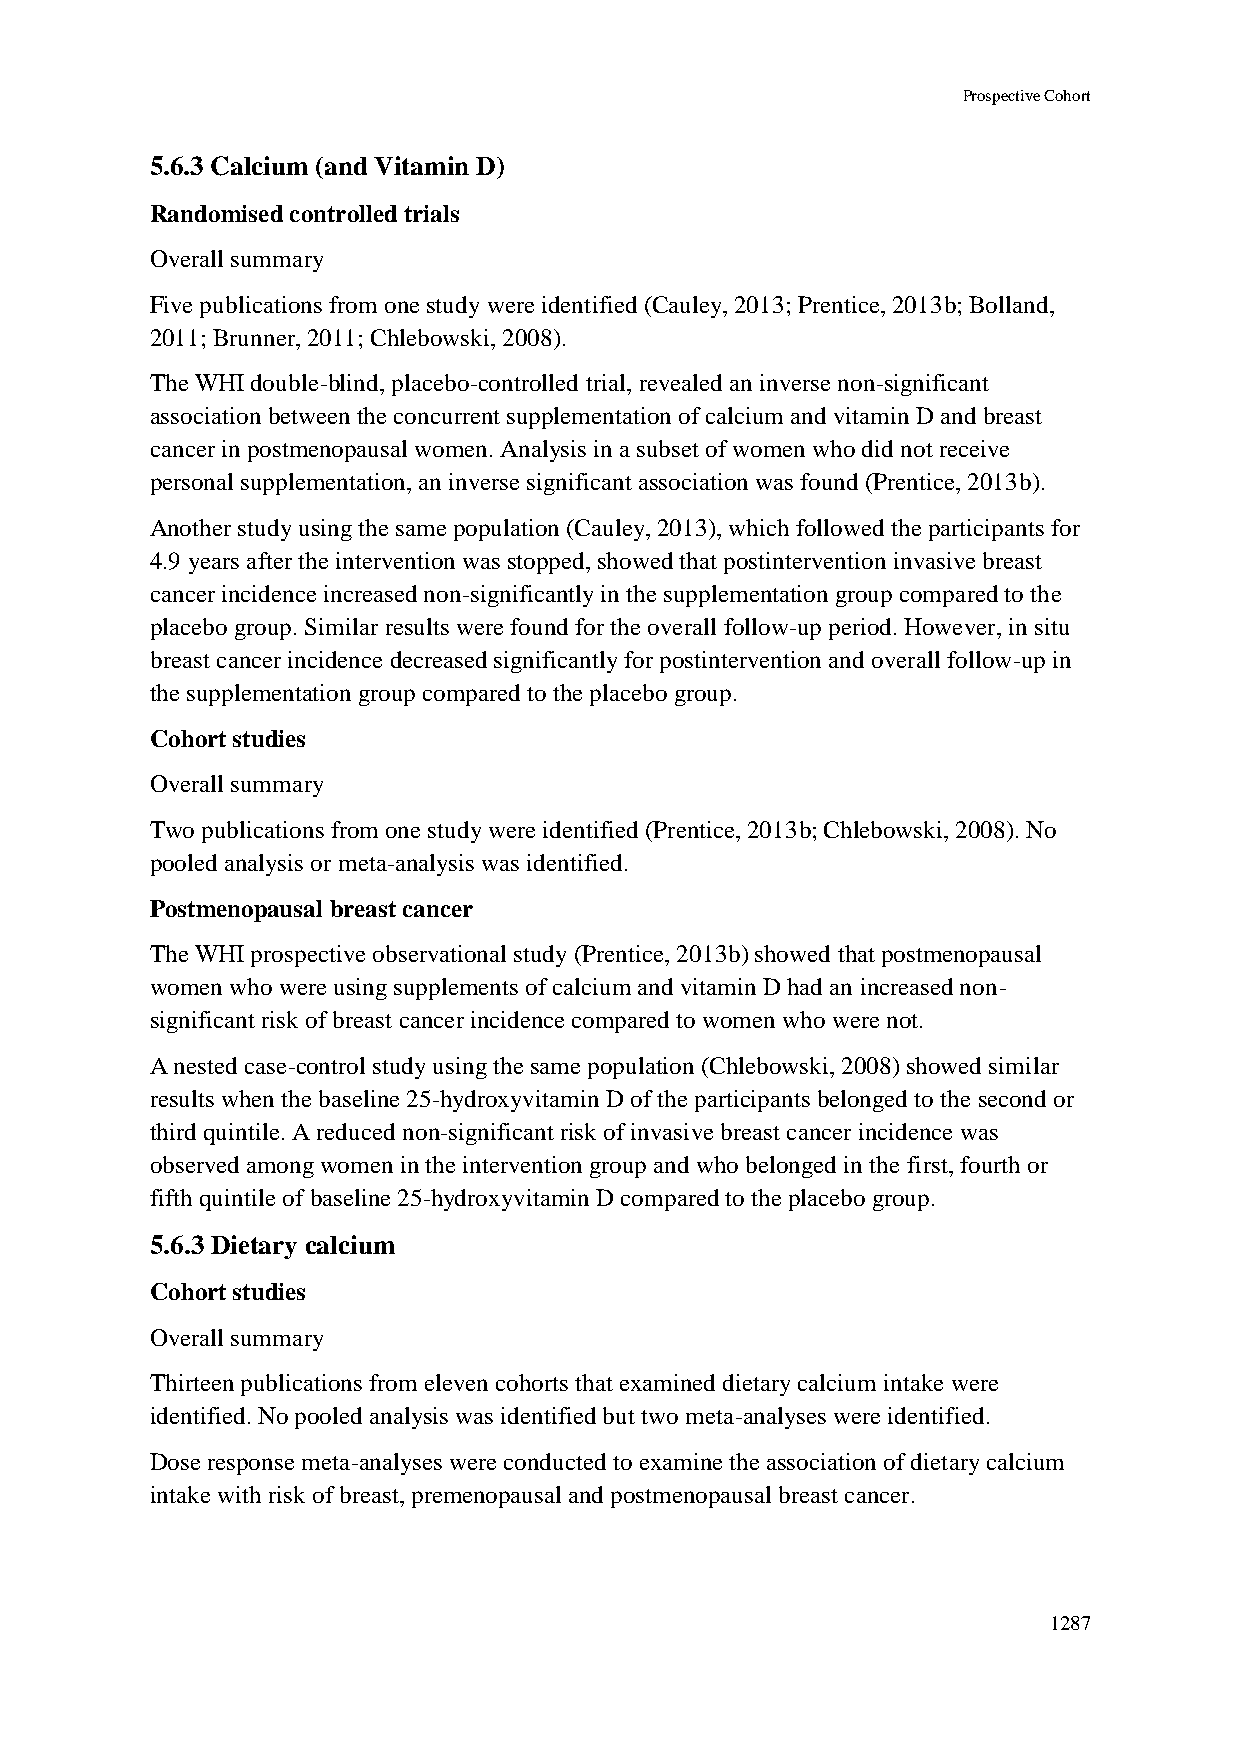
Prospective Cohort
 5.6.3 Calcium (and Vitamin D)
 Randomised controlled trials
 Overall summary
 Five publications from one study were identified (Cauley, 2013; Prentice, 2013b; Bolland,
 2011; Brunner, 2011; Chlebowski, 2008).
 The WHI double-blind, placebo-controlled trial, revealed an inverse non-significant
 association between the concurrent supplementation of calcium and vitamin D and breast
 cancer in postmenopausal women. Analysis in a subset of women who did not receive
 personal supplementation, an inverse significant association was found (Prentice, 2013b).
 Another study using the same population (Cauley, 2013), which followed the participants for
 4.9 years after the intervention was stopped, showed that postintervention invasive breast
 cancer incidence increased non-significantly in the supplementation group compared to the
 placebo group. Similar results were found for the overall follow-up period. However, in situ
 breast cancer incidence decreased significantly for postintervention and overall follow-up in
 the supplementation group compared to the placebo group.
 Cohort studies
 Overall summary
 Two publications from one study were identified (Prentice, 2013b; Chlebowski, 2008). No
 pooled analysis or meta-analysis was identified.
 Postmenopausal breast cancer
 The WHI prospective observational study (Prentice, 2013b) showed that postmenopausal
 women who were using supplements of calcium and vitamin D had an increased non-
 significant risk of breast cancer incidence compared to women who were not.
 A nested case-control study using the same population (Chlebowski, 2008) showed similar
 results when the baseline 25-hydroxyvitamin D of the participants belonged to the second or
 third quintile. A reduced non-significant risk of invasive breast cancer incidence was
 observed among women in the intervention group and who belonged in the first, fourth or
 fifth quintile of baseline 25-hydroxyvitamin D compared to the placebo group.
 5.6.3 Dietary calcium
 Cohort studies
 Overall summary
 Thirteen publications from eleven cohorts that examined dietary calcium intake were
 identified. No pooled analysis was identified but two meta-analyses were identified.
 Dose response meta-analyses were conducted to examine the association of dietary calcium
 intake with risk of breast, premenopausal and postmenopausal breast cancer.
 1287